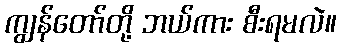
ကျွန်တော်တို့ ဘယ်ကား စီးရမလဲ။